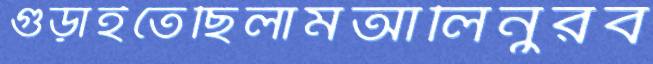
গুঁড়াইতেছিলামআলিনুরব